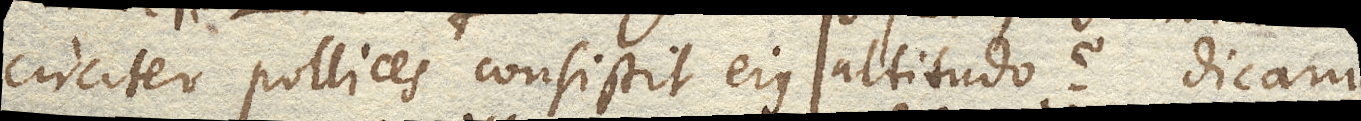
circiter pollices consistit ejus altitudo? Dicam